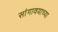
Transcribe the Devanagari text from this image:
सांगावयाच्या